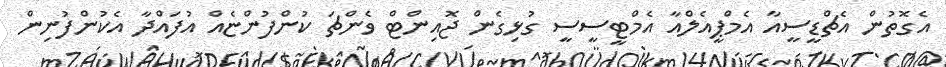
އެގޮތުން އެޗްޑީސީއާ އެމްޕީއެލްއާ އެމްޓީސީސީ ގުޅިގެން ޖޮއިންޓް ވެންޗަ ކުންފުންޏެއް އުފައްދާ އެކުންފުނިން